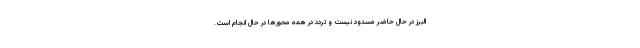
البرز در حال حاضر مسدود نیست و تردد در همه محورها در حال انجام است.